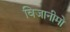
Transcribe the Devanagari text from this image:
विजानीमो